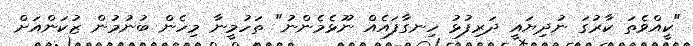
"ކީއްވެތަ ކާރުގަ ނުދިޔައީ ދަރިފުޅު ހިނގާފައެއް ނޫޅެމެންނު" ތަހުމީނާ މިހެން ބުނުމުން ޒުކަންއަށް